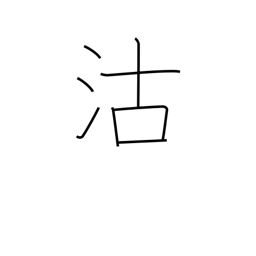
Meaning: buying & selling